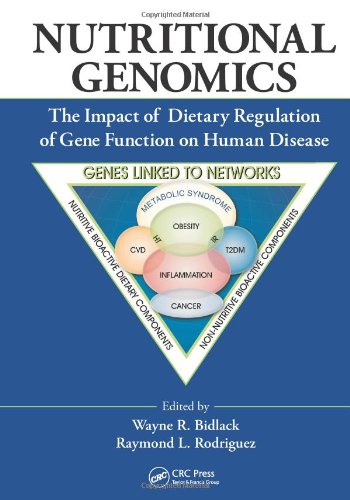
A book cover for Nutritional Genomics: The Impact of Dietary Regulation of Gene Function on Human Disease; Health, Fitness & Dieting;